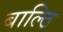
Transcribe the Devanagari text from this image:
बाल्ठि